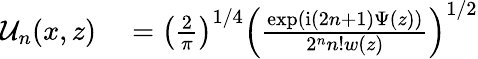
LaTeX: \begin{array}{rl}{\mathcal{U}_{n}(x,z)}&{{}=\left(\frac{2}{\pi}\right)^{1/4}\left(\frac{\exp(\mathrm{i}(2n+1)\Psi(z))}{2^{n}n!w(z)}\right)^{1/2}}\end{array}